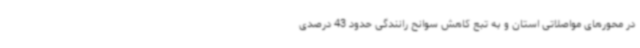
در محورهای مواصلاتی استان و به تبع کاهش سوانح رانندگی حدود 43 درصدی